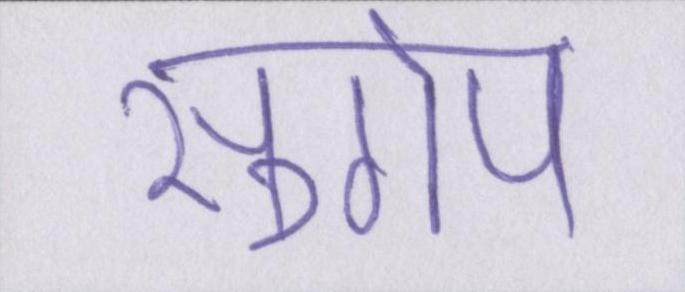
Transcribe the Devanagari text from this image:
सुगोप